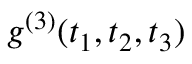
g ^ { ( 3 ) } ( t _ { 1 } , t _ { 2 } , t _ { 3 } )